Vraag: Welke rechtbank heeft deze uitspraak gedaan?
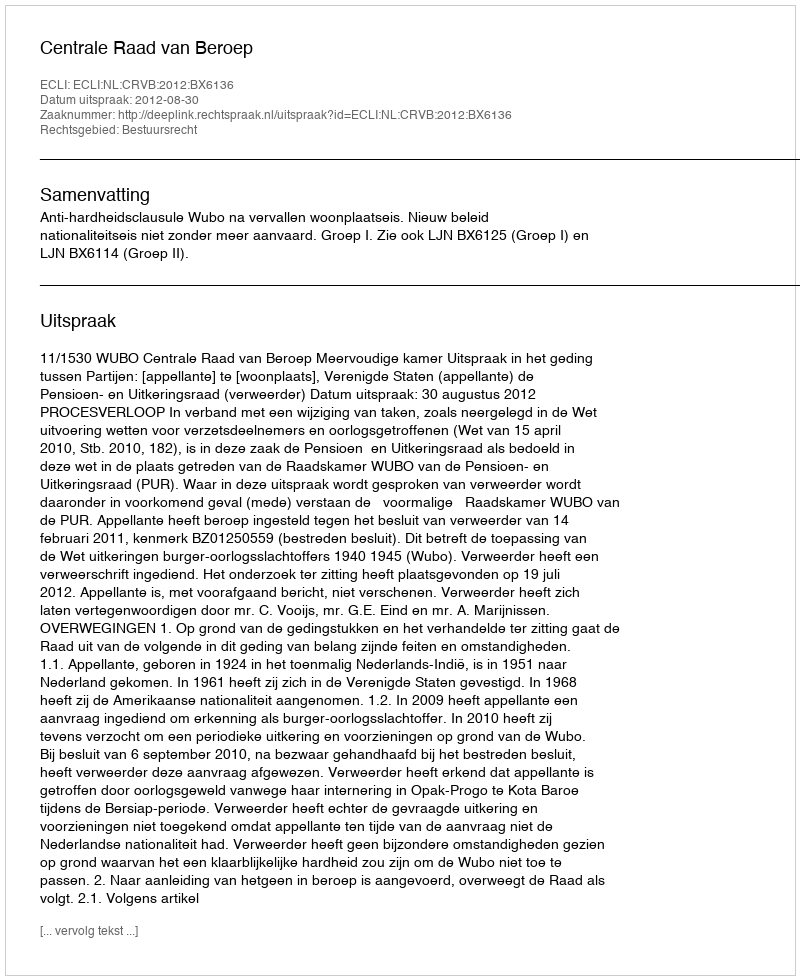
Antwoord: Centrale Raad van Beroep